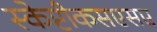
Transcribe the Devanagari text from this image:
स्केप्टीकसएसए